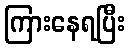
ကြားနေရပြီး